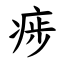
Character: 㾟